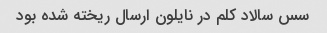
سس سالاد کلم در نایلون ارسال ریخته شده بود